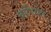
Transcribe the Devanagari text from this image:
बांधियेले